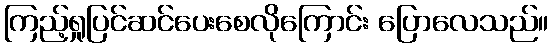
ကြည့်ရှုပြင်ဆင်ပေးစေလိုကြောင်း ပြောလေသည်။